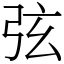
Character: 弦